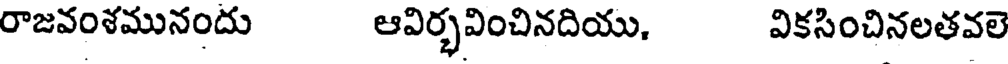
రాజవంశమునందు ఆవిర్భవించినదియు, వికసించినలతవల